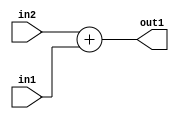
`timescale 1ps / 1ps
/*****************************************************************************
    Verilog RTL Description
    
    
    Created by: Stratus DpOpt 21.05.01 
*******************************************************************************/

module dut_Add_1Ux1U_2U_4 (
	in2,
	in1,
	out1
	); /* architecture "behavioural" */ 
input  in2,
	in1;
output [1:0] out1;
wire [1:0] asc001;

assign asc001 = 
	+(in2)
	+(in1);

assign out1 = asc001;
endmodule

/* CADENCE  urnxTgw= : u9/ySxbfrwZIxEzHVQQV8Q== ** DO NOT EDIT THIS LINE ******/